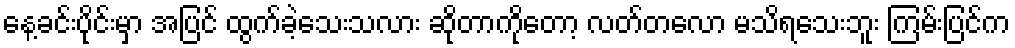
နေ့ခင်းပိုင်းမှာ အပြင် ထွက်ခဲ့သေးသလား ဆိုတာကိုတော့ လတ်တလော မသိရသေးဘူး ကြမ်းပြင်က